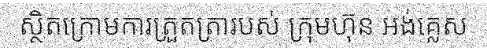
ស្ថិតក្រោមការត្រួតត្រារបស់ ក្រុមហ៊ុន អង់គ្លេស